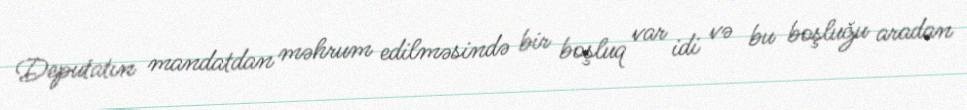
Deputatın mandatdan məhrum edilməsində bir boşluq var idi və bu boşluğu aradan